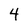
Character: 4